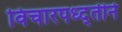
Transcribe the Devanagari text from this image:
विचारपध्द्तीने